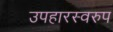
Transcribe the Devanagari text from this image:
उपहारस्वरुप